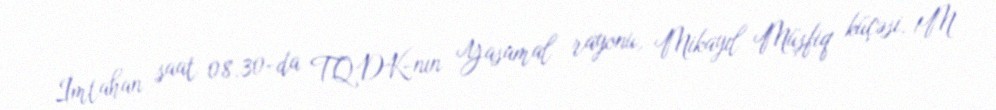
İmtahan saat 08.30-da TQDK-nın Yasamal rayonu, Mikayıl Müşfiq küçəsi, 1M